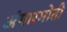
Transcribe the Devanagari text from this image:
अंगारमोती